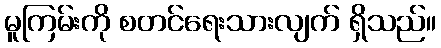
မူကြမ်းကို စတင်ရေးသားလျက် ရှိသည်။